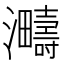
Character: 𪸈